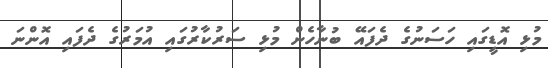
މުޅި އޮޑީގައި ހަސަނުގެ ދެފައޭ ބުނާހެން މުޅި ސަރުކާރުގައި އުމަރުގެ ދެފައި އޮންނަ